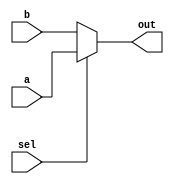
// This program was cloned from: https://github.com/Yvan-xy/verilog-doc
// License: GNU General Public License v2.0

module top_module (
    input sel,
    input [7:0] a,
    input [7:0] b,
    output [7:0] out  );

    assign out = (sel)?a:b;

endmodule